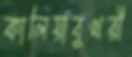
কালিয়াবুখরী